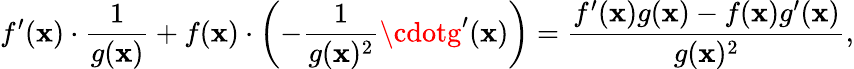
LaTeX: f^{\prime}(\mathbf{x})\cdot{\frac{{1}}{{g(\mathbf{x})}}}+f(\mathbf{x})\cdot\left(-{\frac{{1}}{{g(\mathbf{x})^{2}}}}\cdotg^{\prime}(\mathbf{x})\right)={\frac{{f^{\prime}(\mathbf{x})g(\mathbf{x})-f(\mathbf{x})g^{\prime}(\mathbf{x})}}{{g(\mathbf{x})^{2}}}},